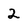
Character: 2